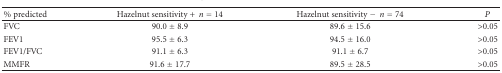
| % predicted | Hazelnut sensitivity +n = 14 | Hazelnut sensitivity −n = 74 | P |
 | --- | --- | --- | --- |
 | FVC | 90.0 ± 8.9 | 89.6 ± 15.6 | >0.05 |
 | FEV1 | 95.5 ± 6.3 | 94.5 ± 16.0 | >0.05 |
 | FEV1/FVC | 91.1 ± 6.3 | 91.1 ± 6.7 | >0.05 |
 | MMFR | 91.6 ± 17.7 | 89.5 ± 28.5 | >0.05 |